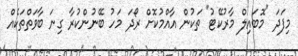
މިފަދަ "މޮބައިލް މާރުކޭޓު" ތަކުން އާއްމުކޮށް ރޯދަ މަހު ބޭނުންކުރާ ގިނަ ބާވަތްތަކެއް